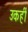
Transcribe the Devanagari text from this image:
उकहीं